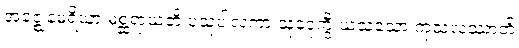
အဇ္ဈေနမရိယာ မစ္ဆရာယတိ ပသုပါလကာ သုခဒုက္ခီ ယသသော ကုသလဿာတိ